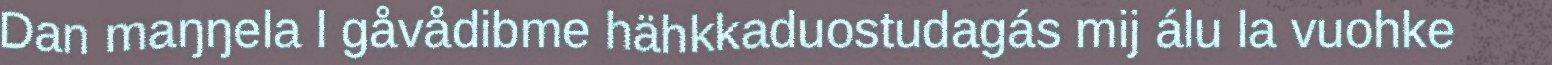
Dan maŋŋela l gåvådibme hähkkaduostudagás mij álu la vuohke